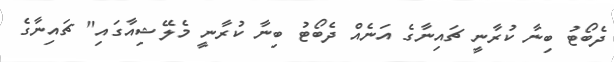
ދެބޯޓު ބިނާ ކުރާނީ ޗައިނާގެ އަނެއް ދެބޯޓު ބިނާ ކުރާނީ މެލޭޝިއާގައި" ޗައިނާގެ